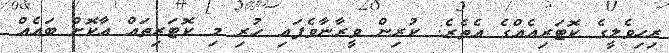
ރިހިވެލީގެ ކޮޓަރިއެއްގެ އެތެރެ: ކުރިން ވީރާނާވެފައި ހުރި މި ކޮޓަރިތައް އާކޮށް ބައެއް